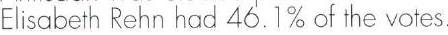
Elisabeth Rehn had 46.1% of the votes.